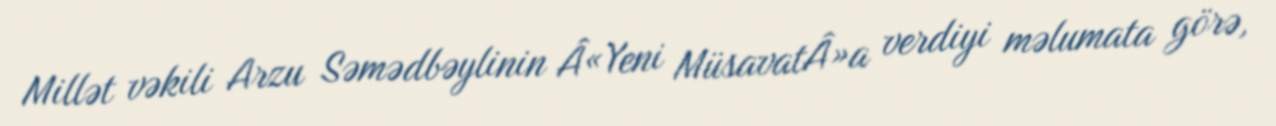
Millət vəkili Arzu Səmədbəylinin Â«Yeni MüsavatÂ»a verdiyi məlumata görə,